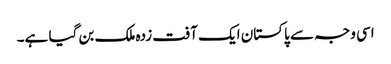
اسی وجہ سے پاکستان ایک آفت زدہ ملک بن گیا ہے۔